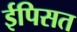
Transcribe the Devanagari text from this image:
ईपिसत